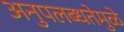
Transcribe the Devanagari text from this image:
अनुपलब्धतेमुळे